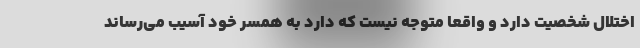
اختلال شخصیت دارد و واقعا متوجه نیست که دارد به همسر خود آسیب می‌رساند